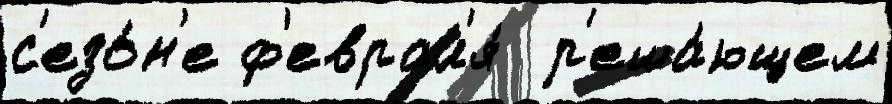
с'езо́н'е ф'еврал'я́  р'еша́ющем